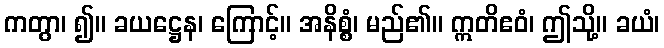
ကတွာ၊ ၍။ ခယဋ္ဌေန၊ ကြောင့်။ အနိစ္စံ၊ မည်၏။ ဣတိဧဝံ၊ ဤသို့။ ခယံ၊